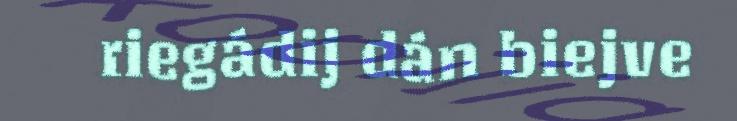
riegádij dán biejve